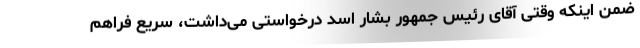
ضمن اینکه وقتی آقای رئیس جمهور بشار اسد درخواستی می‌داشت، سریع فراهم